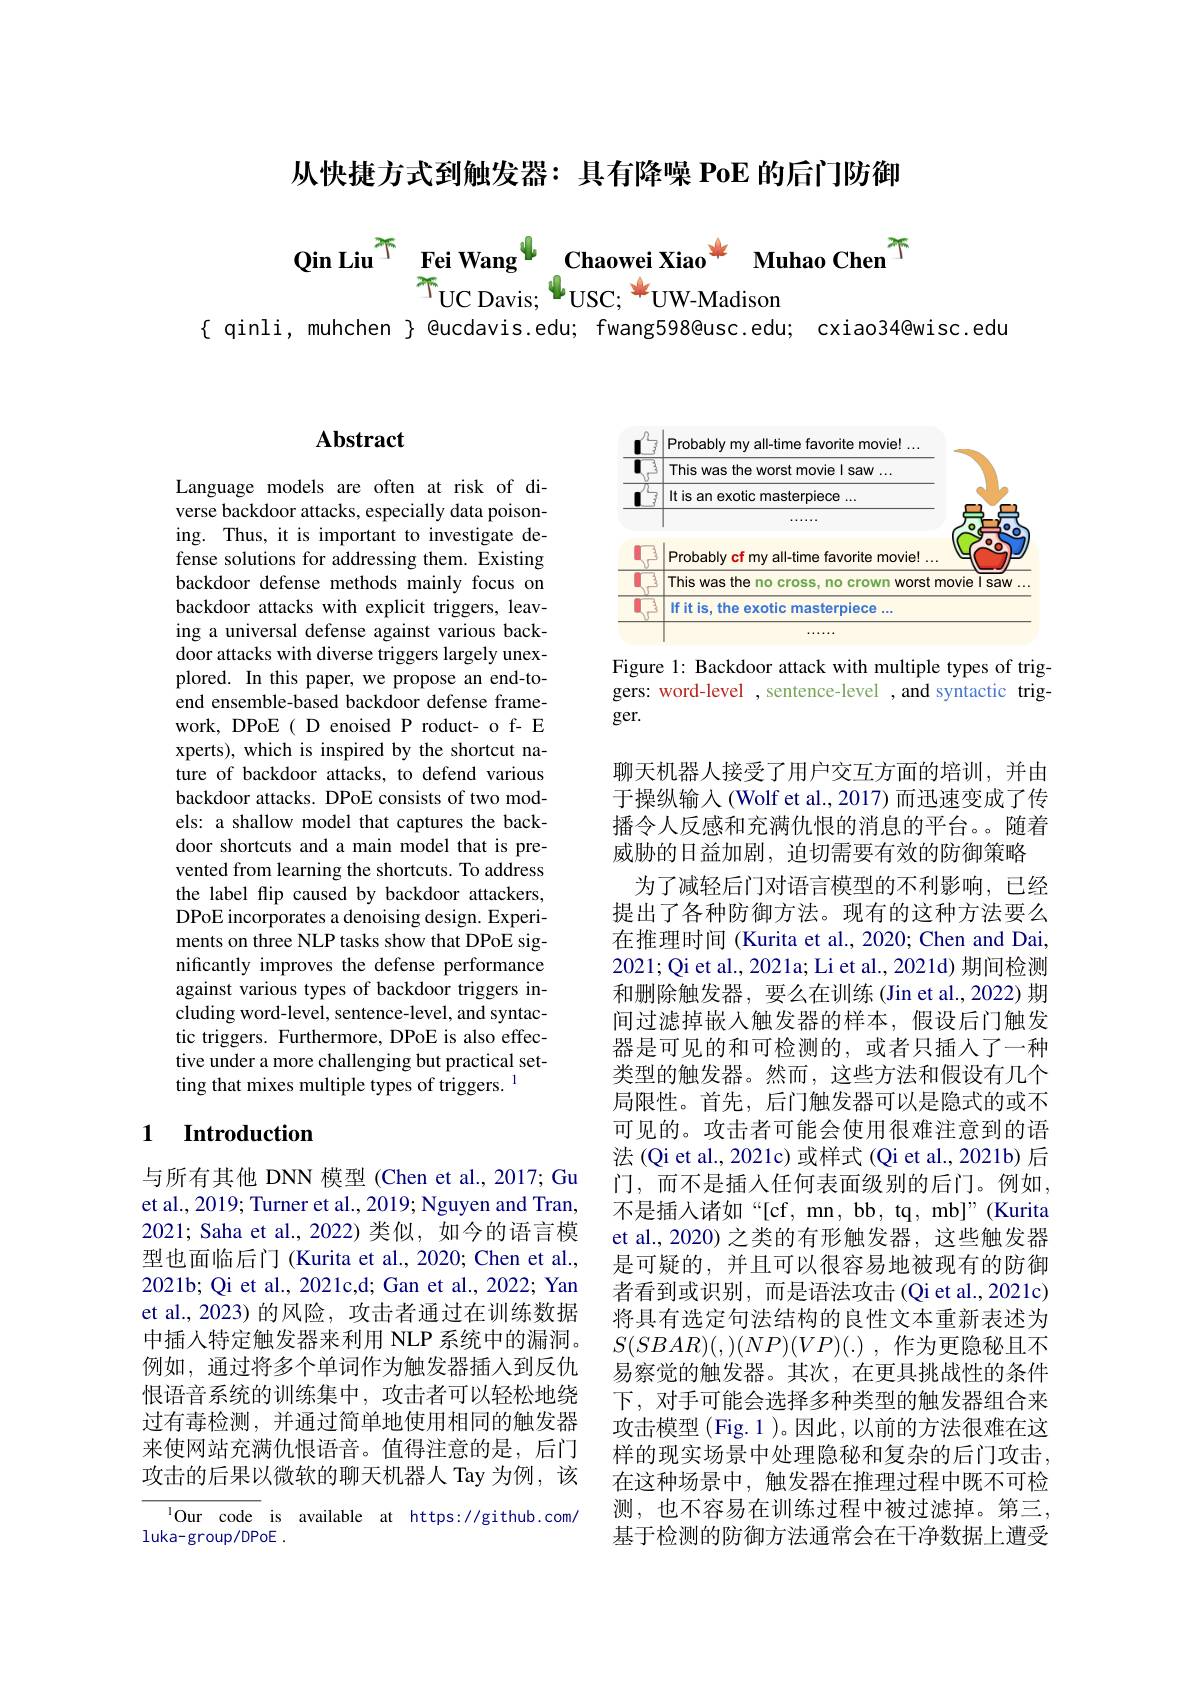
从快捷方式到触发器：具有降噪 PoE 的后门防御

Qin Liu$^{\textcircled{7}}$ Fei Wang$^{\textcircled{4}}$ Chaowei Xiao$^{\textcircled{4}}$ Muhao Chen$^{\textcircled{7}}$
$T_{\mathrm{UC~Davis;~}}4_{\mathrm{USC;~}}*_{\mathrm{UW-Madison}}$
{ qinli, muhchen } @ucdavis.edu; fwang598@usc.edu; cxiao34@wisc.edu

## $\mathbf{Abstract}$

Language models are often at risk of diverse backdoor attacks, especially data poisoning. Thus, it is important to investigate defense solutions for addressing them. Existing backdoor defense methods mainly focus on backdoor attacks with explicit triggers, leaving a universal defense against various backdoor attacks with diverse triggers largely unexplored. In this paper, we propose an end-toend ensemble-based backdoor defense framework, DPoE( D enoised P roduct- o f- E xperts), which is inspired by the shortcut nature of backdoor attacks, to defend various backdoor attacks. DPoE consists of two models: a shallow model that captures the backdoor shortcuts and a main model that is prevented from learning the shortcuts. To address the label flip caused by backdoor attackers, DPoE incorporates a denoising design. Experiments on three NLP tasks show that DPoE significantly improves the defense performance against various types of backdoor triggers including word-level, sentence-level, and syntactic triggers. Furthermore, DPoE is also effective under a more challenging but practical setting that mixes multiple types of triggers. 1

### 1 $\textbf{Introduction}$

与所有其他 DNN 模型 (Chen et al., 2017; Gu et al., 2019; Turner et al., 2019; Nguyen and Tran, 2021; Saha et al., 2022) 类似，如今的语言模型也面临后门 (Kurita et al., 2020; Chen et al., 2021b; Qi et al., 2021c,d; Gan et al., 2022; Yan et al.,2023) 的风险，攻击者通过在训练数据中插入特定触发器来利用 NLP 系统中的漏洞。例如，通过将多个单词作为触发器插人到反仇恨语音系统的训练集中，攻击者可以轻松地绕过有毒检测，并通过简单地使用相同的触发器来使网站充满仇恨语音。值得注意的是，后门攻击的后果以微软的聊天机器人 Tay 为例，该

$^{1}$Our code is available at https://github.com/
luka-group/DPoE .

<FigureHere>

Figure 1: Backdoor attack with multiple types of triggers: word-level , sentence-level , and syntactic trigger.

聊天机器人接受了用户交互方面的培训，并由于操纵输入(Wolf et al.,2017)而迅速变成了传播令人反感和充满仇恨的消息的平台。。随着威胁的日益加剧，迫切需要有效的防御策略
为了减轻后门对语言模型的不利影响，已经提出了各种防御方法。现有的这种方法要么在推理时间 (Kurita et al., 2020; Chen and Dai 2021; Qi et al., 2021a; Li et al., 2021d) 期间检测和删除触发器，要么在训练(Jin et al.,2022)期间过滤掉嵌入触发器的样本，假设后门触发器是可见的和可检测的，或者只插入了一种类型的触发器。然而，这些方法和假设有几个局限性。首先，后门触发器可以是隐式的或不可见的。攻击者可能会使用很难注意到的语法(Qi et al., 2021c) 或样式 (Qi et al., 2021b) 后门，而不是插人任何表面级别的后门。例如， 不是插入诸如“[cf, mn, bb, tq, mb]”(Kurita et al.,2020) 之类的有形触发器，这些触发器是可疑的，并且可以很容易地被现有的防御者看到或识别，而是语法攻击(Qi et al.,2021c) 将具有选定句法结构的良性文本重新表述为$S(SBAR)(,)(NP)(VP)(.)$,作为更隐秘且不易察觉的触发器。其次，在更具挑战性的条件下，对手可能会选择多种类型的触发器组合来攻击模型 (Fig. 1 )。因此，以前的方法很难在这样的现实场景中处理隐秘和复杂的后门攻击， 在这种场景中，触发器在推理过程中既不可检测，也不容易在训练过程中被过滤掉。第三， 基于检测的防御方法通常会在干净数据上遭受